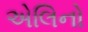
એલિનો